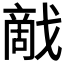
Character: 𰒰